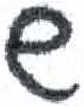
אות: ש